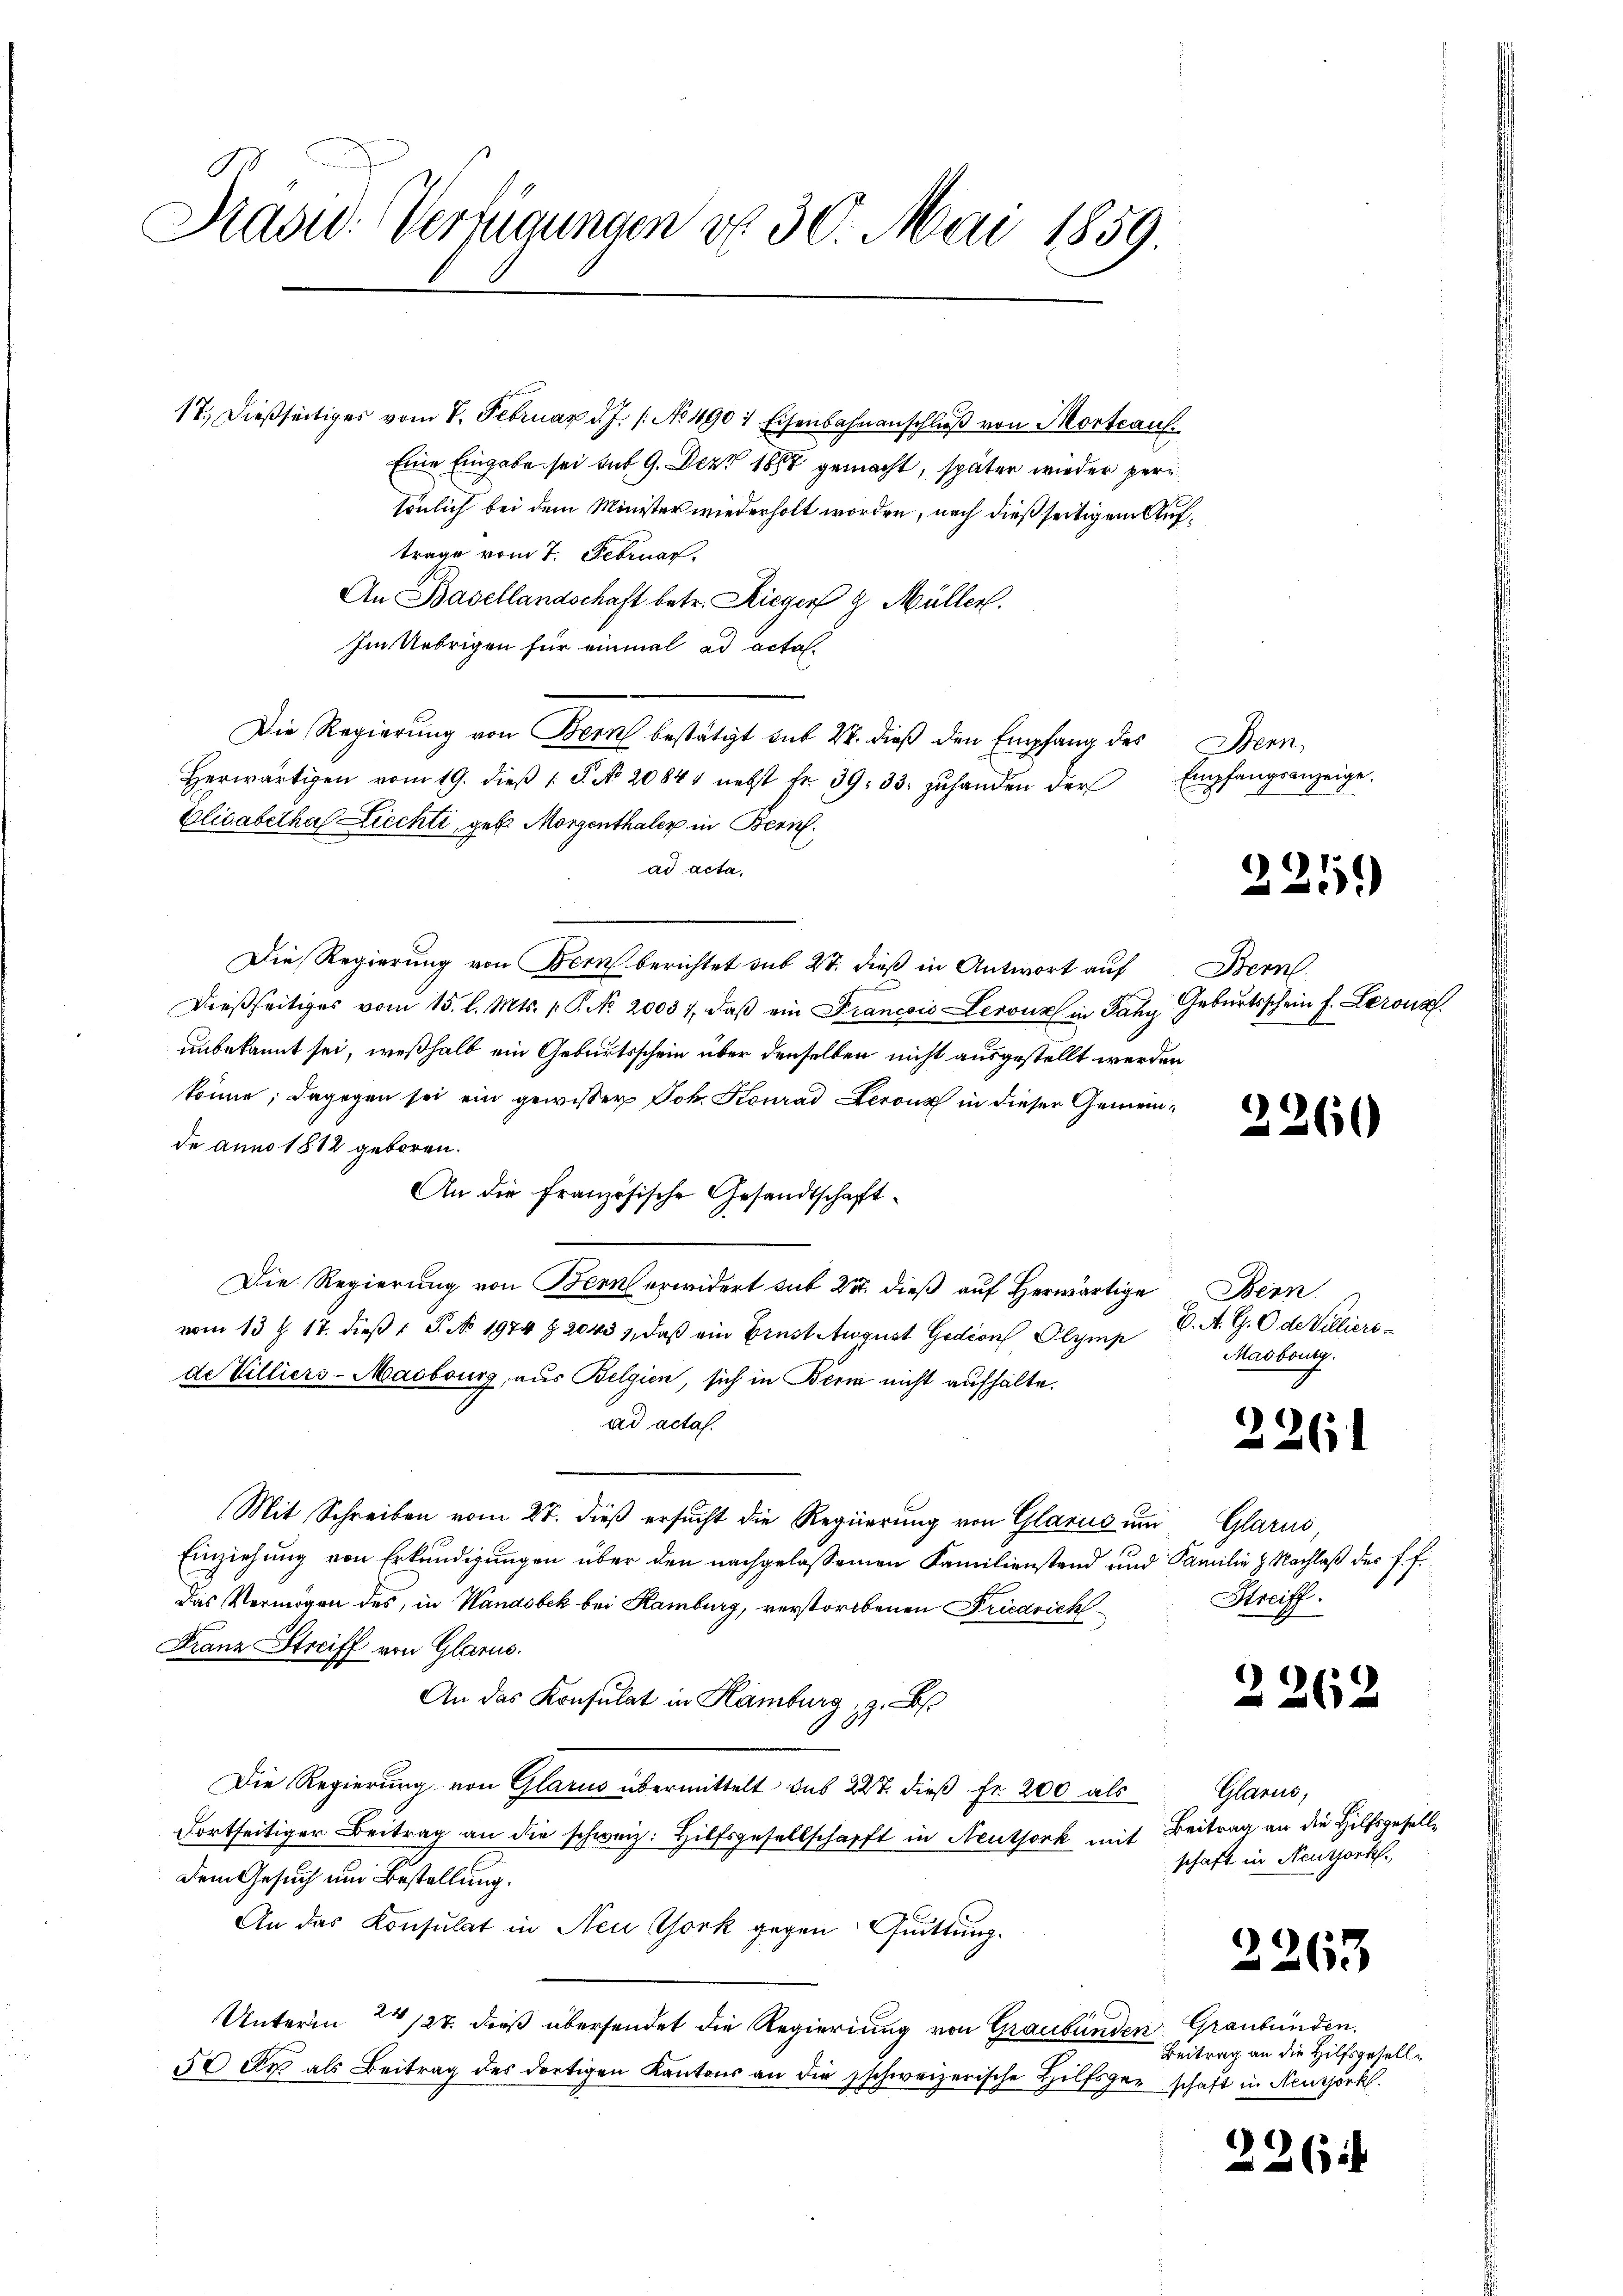
Rasw. Verfügungen do 30. Mai 1859.

17. dießseitiges vom 8. Februar d. J. /: No 490 1 Eisenbahnanschluß von Mortraul
Eine Eingabe sei mit 9. Dez. 1888 gemacht, später wieder persönlich bei dem Minister wiederholt worden, nach dießseitigem Auftrage vom 7. Februar.
An Basellandschaft betr. Rieger z. Müller.
Im Uebrigen für einmal ad acta.
Die Regierŭng von Bern bestätigt mit 22. dieβ den Empfang des Bern,
herwärtigen vom 19. dieβ 1 S. No. 20841 nebst fr. 39. 33. zŭ handen der Empfangsanzeige.
Elisabethal Ziechti, geb. Morgenthaler in Bern.
ad acta.
Die Regierung von Bern berichtet sub 27. dieß in Antwort auf Bern.
dießseitiges vom 15. l. Mts. v. P. No. 20037, daβ ein Francois Lerouz in Fahy Geburtsschein f. Lerons
unbekannt sei, weßhalb ein Geburtsschein über denselben nicht ausgestellt werden
könne; dagegen sei ein gewisser Joh. Konrad Serons in dieser Gemeinde anno 1812 geboren.
An die französische Gesandtschaft¬
Die Regierung von Bern erwidert sub 27. dieß auf herwärtige Bern
vom 13 t 17. dieß 1 S. No 1974 § 20439, daß ein Ernst August Gedion Olymp
de Villiers-Maibourg, aus Belgien, sich in Bern nicht aufhalte.
ad actas.
Mit Schreiben vom 27. dieß ersucht die Regierung von Glarus um Glarus,
Einziehung von Erkundigungen über den nachgelassenen Familienstand und Familie z. Nachlaß des P. F.
Das Vermögen des, in Wandobek bei Ramburg, verstorbenen Friedrichf
Franz Streiff von Glarus.
An das Konsulat in Hamburg, z.
Die Regierung von Glarus übermittelt des 227. dieß Fr. 200 als
dortseitiger Beitrag an die schweiz. Hilfsgesellschafft in Neuthork mit Beitrag an die Hilfsgeselldem Gesuch um Bestellung.
An das Konsulat in Neu York gegen Quittung.
Unterm 24/20. dieß übersendet die Regierung von Graubünden Graubünden.
50 dr als Beitrag des dortigen Kantons an die schweizerische Hilfsger schaft in Neuzörk.

225)

2260

B. A. G. Ode Villiers
Masbourg.

2261

Streiff.

2262

Glarus,
schaft in Neuthork

2263

Beitrag an die Hilfsgesell¬

2264